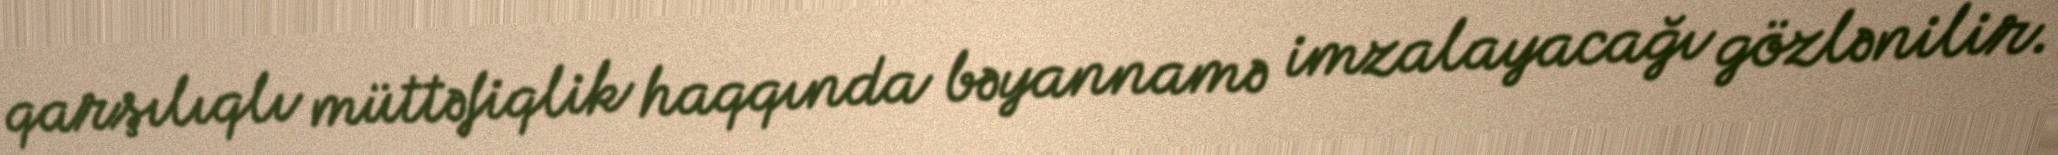
qarşılıqlı müttəfiqlik haqqında bəyannamə imzalayacağı gözlənilir.